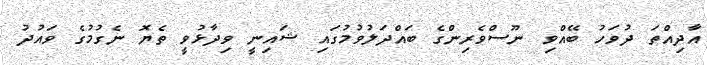
އާދިއްތަ ދުވަހު ބޭއްވި ނޫސްވެރިންގެ ބައްދަލުވުމުގައި ޝައިނީ ވިދާޅުވީ ތެޔޮ ނެގުމުގެ ވައުދު